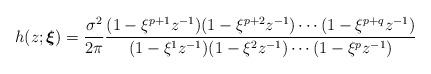
LaTeX: \begin{align*}h(z;\boldsymbol{\xi})=\frac{\sigma^2}{2\pi}\frac{(1-\xi^{p+1} z^{-1})(1-\xi^{p+2} z^{-1})\cdots(1-\xi^{p+q} z^{-1})}{(1-\xi^1 z^{-1})(1-\xi^2 z^{-1})\cdots(1-\xi^p z^{-1})} \end{align*}